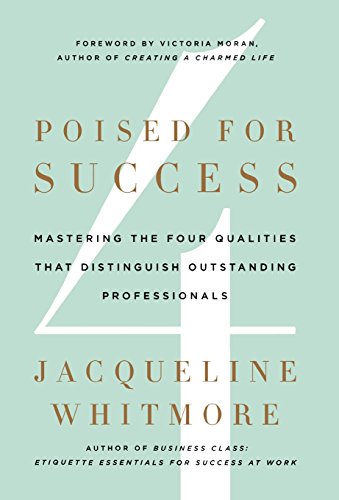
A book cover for Poised for Success: Mastering the Four Qualities That Distinguish Outstanding Professionals; Jacqueline Whitmore; Business & Money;